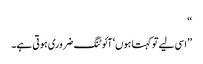
‘‘
’’اسی لیے تو کہتا ہوں‘ آئوٹنگ ضروری ہوتی ہے۔